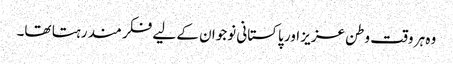
وہ ہر وقت وطن عزیز اور پاکستانی نوجوان کے لیے فکر مند رہتا تھا۔